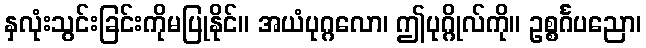
နှလုံးသွင်းခြင်းကိုမပြုနိုင်။ အယံပုဂ္ဂလော၊ ဤပုဂ္ဂိုလ်ကို။ ဥစ္စင်္ဂပညော၊